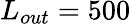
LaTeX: L_{out}=500